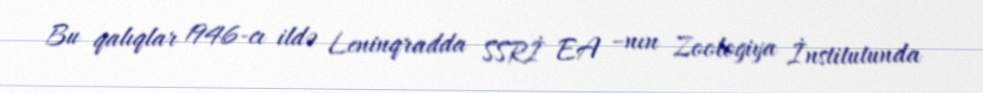
Bu qalıqlar 1946-cı ildə Leninqradda SSRİ EA –nın Zoologiya İnstitutunda